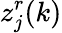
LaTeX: z_{j}^{r}(k)